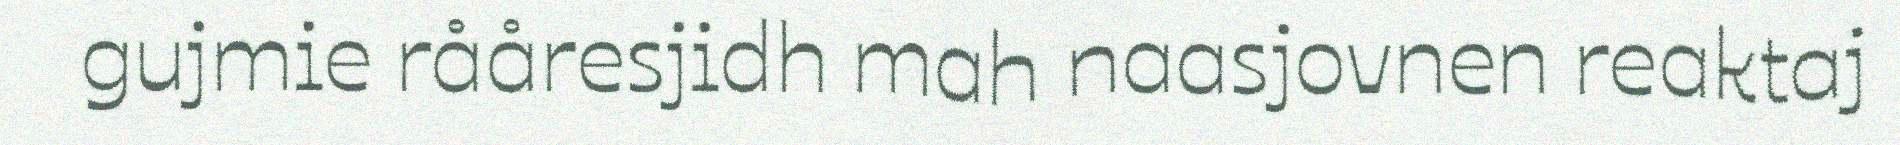
gujmie rååresjidh mah naasjovnen reaktaj